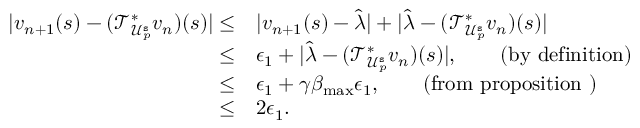
\begin{array} { r l } { \lvert v _ { n + 1 } ( s ) - ( \mathcal { T } _ { \mathcal { U } _ { p } ^ { \mathtt { s } } } ^ { * } v _ { n } ) ( s ) \rvert \leq } & { \lvert v _ { n + 1 } ( s ) - \hat { \lambda } \rvert + \lvert \hat { \lambda } - ( \mathcal { T } _ { \mathcal { U } _ { p } ^ { \mathtt { s } } } ^ { * } v _ { n } ) ( s ) \rvert } \\ { \leq } & { \epsilon _ { 1 } + \lvert \hat { \lambda } - ( \mathcal { T } _ { \mathcal { U } _ { p } ^ { \mathtt { s } } } ^ { * } v _ { n } ) ( s ) \rvert , \qquad \mathrm { ( b y ~ d e f i n i t i o n ) } } \\ { \leq } & { \epsilon _ { 1 } + \gamma \beta _ { \operatorname* { m a x } } \epsilon _ { 1 } , \qquad \mathrm { ( f r o m ~ p r o p o s i t i o n ~ ) } } \\ { \leq } & { 2 \epsilon _ { 1 } . } \end{array}